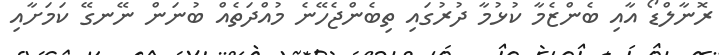
ރޮނާލްޑޯ އާއި ބެންޒެމާ ކުޅުމާ ދުރުގައި ތިބެންޖެހޭނެ މުއްދަތެއް ބުނަން ނޭނގޭ ކަމަށާއި